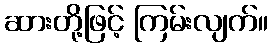
ဆားတို့ဖြင့် ကြမ်းလျက်။